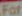
For